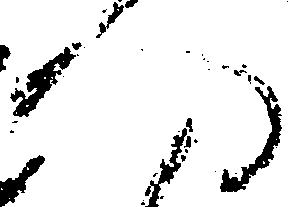
へ